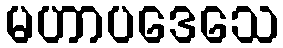
မဟာပဒေသေ